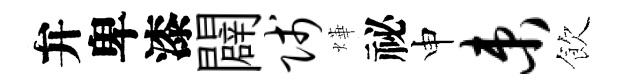
弁卑漆闢贱燁祕申束飲